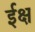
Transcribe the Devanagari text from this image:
ईक्ष